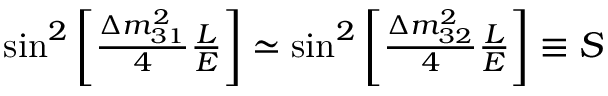
\begin{array} { c } { { \sin ^ { 2 } \left[ { \frac { \Delta m _ { 3 1 } ^ { 2 } } 4 } { \frac L E } \right] \simeq \sin ^ { 2 } \left[ { \frac { \Delta m _ { 3 2 } ^ { 2 } } 4 } { \frac L E } \right] \equiv S } } \end{array}